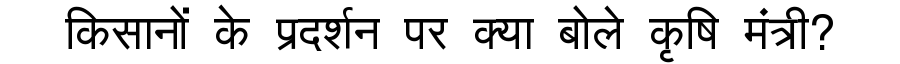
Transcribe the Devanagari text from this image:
किसानों के प्रदर्शन पर क्या बोले कृषि मंत्री?